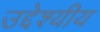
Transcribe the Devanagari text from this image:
उद्देश्यीय